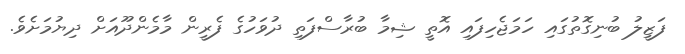
ފަޒީލު ބުނިގޮތުގައި ހަމަޖެހިފައި އޮތީ ޝިމާ ބުރާސްފަތި ދުވަހުގެ ފެރީން މާމެންދޫއަށް ދިޔުމަށެވެ.